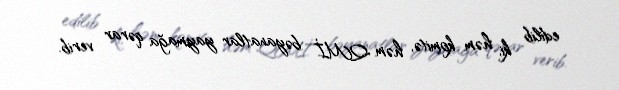
edilib ki, həm komitə, həm QMİ bəyanatlar yaymağa qərar verib.